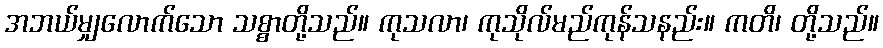
အဘယ်မျှလောက်သော သစ္စာတို့သည်။ ကုသလာ၊ ကုသိုလ်မည်ကုန်သနည်း။ ကတိ၊ တို့သည်။